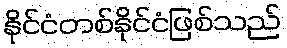
နိုင်ငံတစ်နိုင်ငံဖြစ်သည်